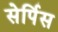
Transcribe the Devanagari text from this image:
सेर्पिस